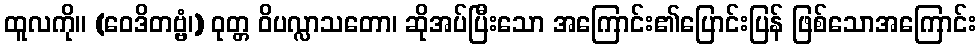
ထူလကို။ (ဝေဒိတဗ္ဗံ၊) ဝုတ္တ ဝိပလ္လာသတော၊ ဆိုအပ်ပြီးသော အကြောင်း၏ပြောင်းပြန် ဖြစ်သောအကြောင်း